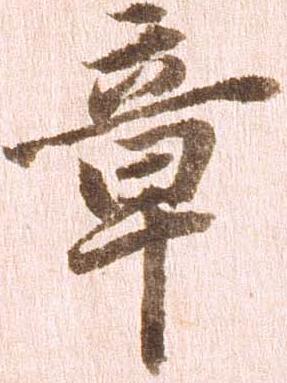
章